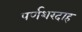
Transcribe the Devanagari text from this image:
पर्णशरदाह